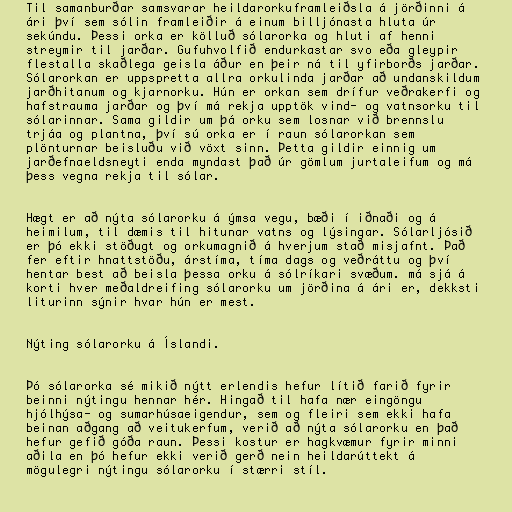
Til samanburðar samsvarar heildarorkuframleiðsla á jörðinni á
ári því sem sólin framleiðir á einum billjónasta hluta úr
sekúndu. Þessi orka er kölluð sólarorka og hluti af henni
streymir til jarðar. Gufuhvolfið endurkastar svo eða gleypir
flestalla skaðlega geisla áður en þeir ná til yfirborðs jarðar.
Sólarorkan er uppspretta allra orkulinda jarðar að undanskildum
jarðhitanum og kjarnorku. Hún er orkan sem drífur veðrakerfi og
hafstrauma jarðar og því má rekja upptök vind- og vatnsorku til
sólarinnar. Sama gildir um þá orku sem losnar við brennslu
trjáa og plantna, því sú orka er í raun sólarorkan sem
plönturnar beisluðu við vöxt sinn. Þetta gildir einnig um
jarðefnaeldsneyti enda myndast það úr gömlum jurtaleifum og má
þess vegna rekja til sólar.

Hægt er að nýta sólarorku á ýmsa vegu, bæði í iðnaði og á
heimilum, til dæmis til hitunar vatns og lýsingar. Sólarljósið
er þó ekki stöðugt og orkumagnið á hverjum stað misjafnt. Það
fer eftir hnattstöðu, árstíma, tíma dags og veðráttu og því
hentar best að beisla þessa orku á sólríkari svæðum. má sjá á
korti hver meðaldreifing sólarorku um jörðina á ári er, dekksti
liturinn sýnir hvar hún er mest.

Nýting sólarorku á Íslandi.

Þó sólarorka sé mikið nýtt erlendis hefur lítið farið fyrir
beinni nýtingu hennar hér. Hingað til hafa nær eingöngu
hjólhýsa- og sumarhúsaeigendur, sem og fleiri sem ekki hafa
beinan aðgang að veitukerfum, verið að nýta sólarorku en það
hefur gefið góða raun. Þessi kostur er hagkvæmur fyrir minni
aðila en þó hefur ekki verið gerð nein heildarúttekt á
mögulegri nýtingu sólarorku í stærri stíl.